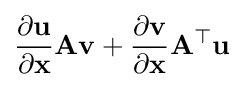
{\frac {\partial \mathbf {u} }{\partial \mathbf {x} }}\mathbf {A} \mathbf {v} +{\frac {\partial \mathbf {v} }{\partial \mathbf {x} }}\mathbf {A} ^{\top }\mathbf {u}